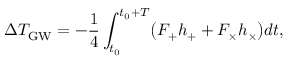
\Delta T _ { \mathrm { G W } } = - \frac { 1 } { 4 } \int _ { t _ { 0 } } ^ { t _ { 0 } + T } \bigl ( F _ { + } h _ { + } + F _ { \times } h _ { \times } \bigr ) d t ,